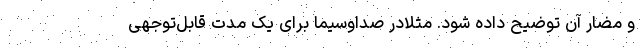
و مضار آن توضیح داده شود. مثلاًدر صداوسیما برای یک مدت قابل‌توجهی